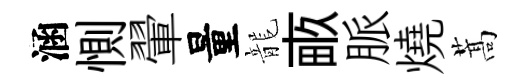
涵惻翬量龍畞脈燒蒿